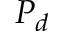
P _ { d }